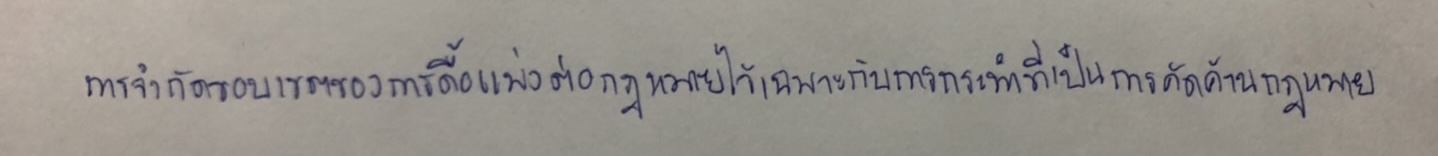
การจำกัดขอบเขตของการดื้อแพ่งต่อกฎหมายไว้เฉพาะกับการกระทำที่เป็นการคัดค้านกฎหมาย